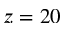
z = 2 0